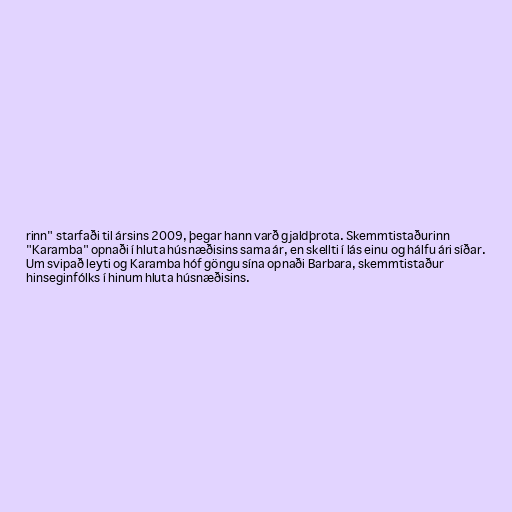
rinn" starfaði til ársins 2009, þegar hann varð gjaldþrota. Skemmtistaðurinn
"Karamba" opnaði í hluta húsnæðisins sama ár, en skellti í lás einu og hálfu ári síðar.
Um svipað leyti og Karamba hóf göngu sína opnaði Barbara, skemmtistaður
hinseginfólks í hinum hluta húsnæðisins.